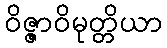
ဝိဇ္ဇာဝိမုတ္တိယာ